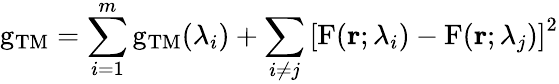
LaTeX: \mathrm{g}_{\mathrm{TM}}=\sum_{i=1}^{m}\mathrm{g}_{\mathrm{TM}}(\lambda_{i})+\sum_{i\ne j}\left[\mathrm{F}(\textbf{r};\lambda_{i})-\mathrm{F}(\textbf{r};\lambda_{j})\right]^{2}